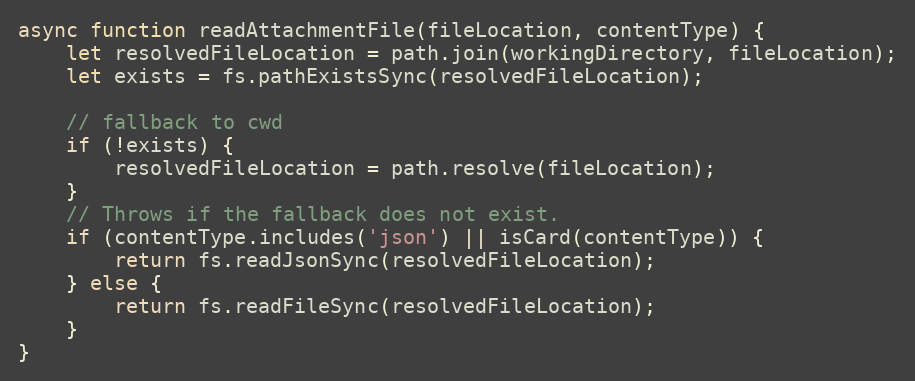
Language: JavaScript
async function readAttachmentFile(fileLocation, contentType) {
    let resolvedFileLocation = path.join(workingDirectory, fileLocation);
    let exists = fs.pathExistsSync(resolvedFileLocation);

    // fallback to cwd
    if (!exists) {
        resolvedFileLocation = path.resolve(fileLocation);
    }
    // Throws if the fallback does not exist.
    if (contentType.includes('json') || isCard(contentType)) {
        return fs.readJsonSync(resolvedFileLocation);
    } else {
        return fs.readFileSync(resolvedFileLocation);
    }
}